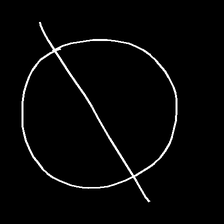
Glyph: orb